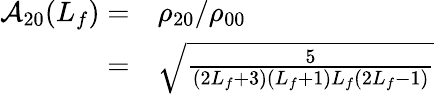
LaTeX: \begin{array}{rl}{\mathcal{A}_{20}(L_{f})=}&{{}\rho_{20}/\rho_{00}}\\ {=}&{{}\sqrt{\frac{5}{(2L_{f}+3)(L_{f}+1)L_{f}(2L_{f}-1)}}}\end{array}